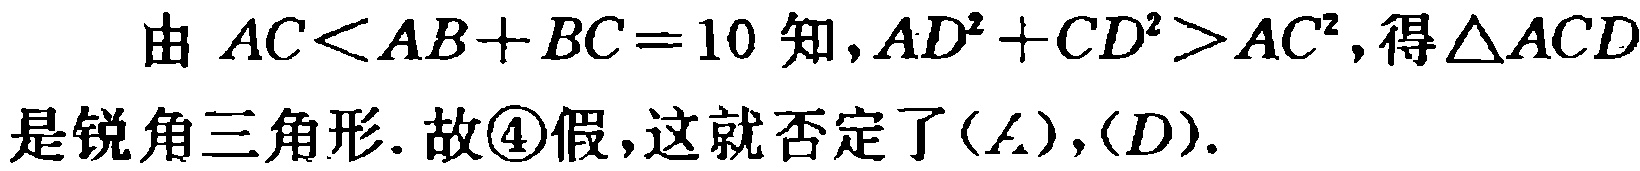
由 \(AC<AB + BC = 10\) 知, \(AD^{2}+CD^{2}>AC^{2}\), 得\(\triangle ACD\)是锐角三角形. 故\textcircled{4}假, 这就否定了\((A)\), \((D)\).